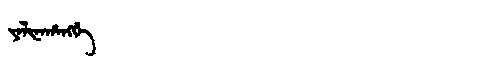
Manchu: ᠶᠠᠯᡳᠨᠠᡥᠠᠩᡤᡝ
Romanization: YALINAHANGGE